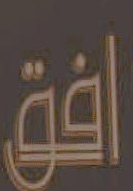
افق